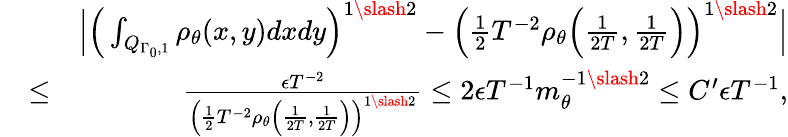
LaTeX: \begin{array}{rlr}&{}&{\Big|\Big(\int_{Q_{\Gamma_{0},1}}\rho_{\theta}(x,y)dxdy\Big)^{1\slash 2}-\Big(\frac{1}{2}T^{-2}\rho_{\theta}\Big(\frac{1}{2T},\frac{1}{2T}\Big)\Big)^{1\slash 2}\Big|}\\ &{\leq}&{\frac{\epsilon T^{-2}}{\Big(\frac{1}{2}T^{-2}\rho_{\theta}\Big(\frac{1}{2T},\frac{1}{2T}\Big)\Big)^{1\slash 2}}\leq 2\epsilon T^{-1}m_{\theta}^{-1\slash 2}\leq C^{\prime}\epsilon T^{-1},}\end{array}